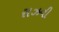
રાઝવી